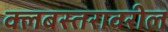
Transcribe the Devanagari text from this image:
क्लबस्तरावरील